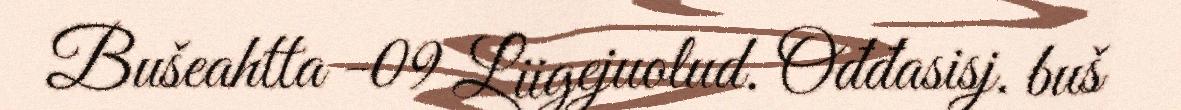
Bušeahtta -09 Liigejuolud. Ođđasisj. buš